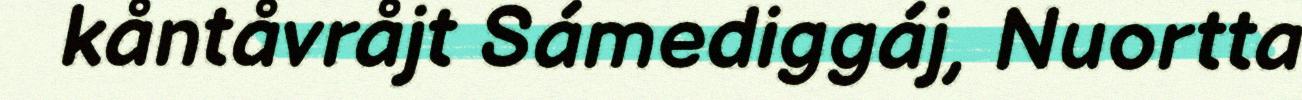
kåntåvråjt Sámediggáj, Nuortta